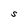
Character: S